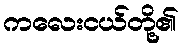
ကလေးငယ်တို့၏